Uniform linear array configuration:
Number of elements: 48
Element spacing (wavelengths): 1
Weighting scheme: kaiser
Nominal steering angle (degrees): -15
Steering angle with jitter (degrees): -15.32
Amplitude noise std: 0.05
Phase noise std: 0.05

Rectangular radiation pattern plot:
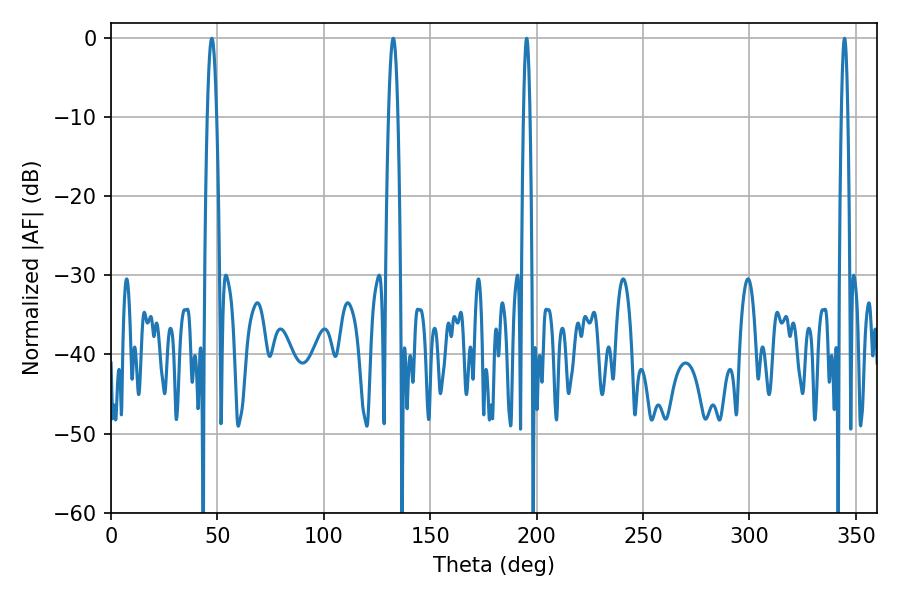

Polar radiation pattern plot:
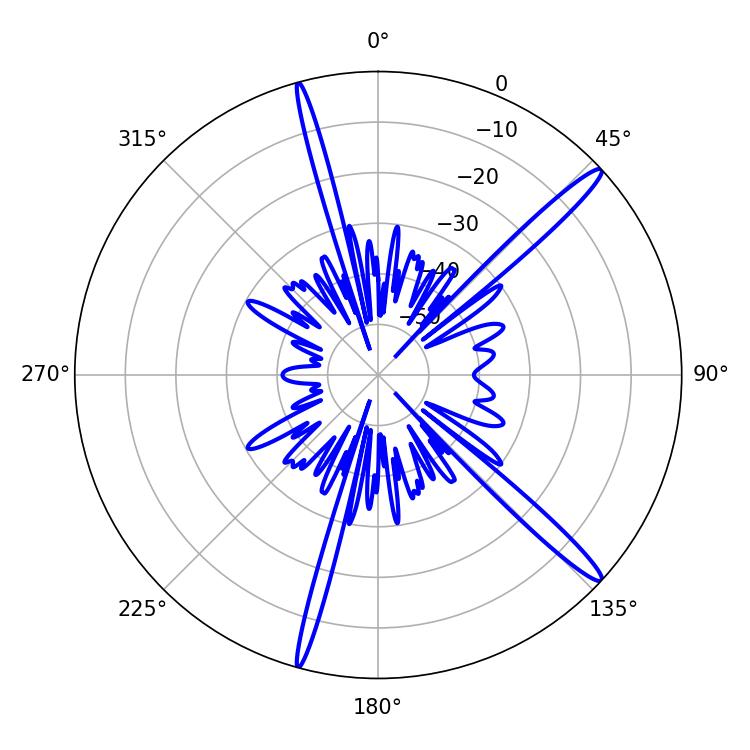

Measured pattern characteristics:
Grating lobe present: TRUE
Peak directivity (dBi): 15.934
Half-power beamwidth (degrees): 2.34
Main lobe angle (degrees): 47.34